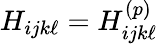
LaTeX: H_{ijk\ell}=H_{ijk\ell}^{(p)}